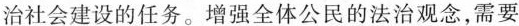
治社会建设的任务。增强全体公民的法治观念，需要